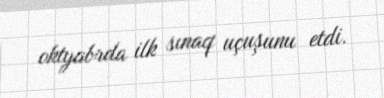
oktyabrda ilk sınaq uçuşunu etdi.